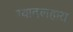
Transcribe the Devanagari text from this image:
ग्वादलहारा